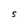
Character: S